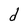
Character: d